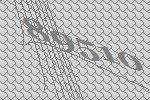
89510